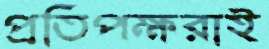
প্রতিপক্ষরাই